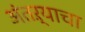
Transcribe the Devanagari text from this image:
अंतऱ्याचा